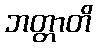
ဘတ္တာတိ